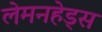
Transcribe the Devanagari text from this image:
लेमनहेड्स